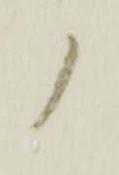
ノ